Vital statistics of India. Vol. IV, Annual returns from 1871 to 1876. British Army of India, Native Army and jails of Bengal
Year: 1871
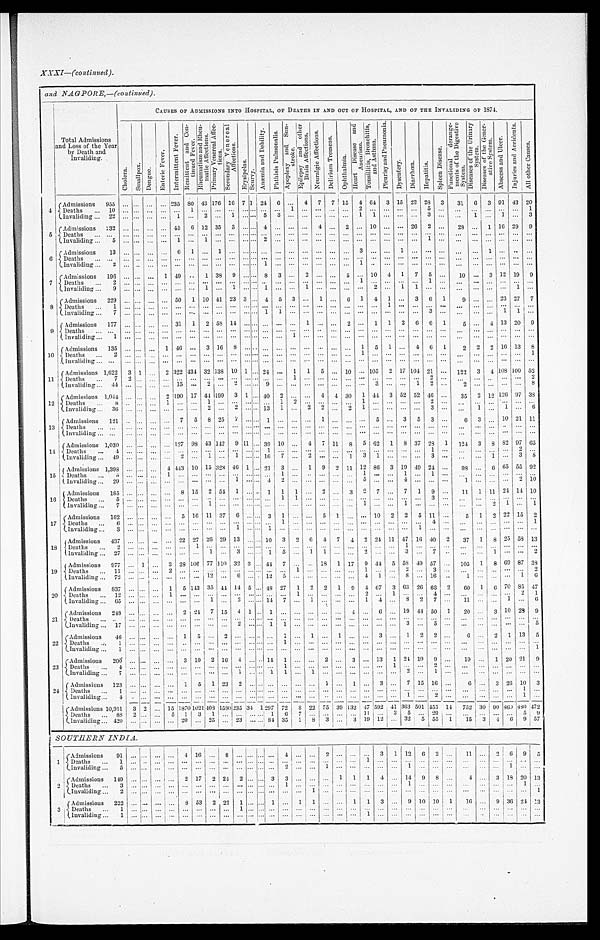
XXXI—(continued ).
and NAGPORE,—(Continued).
Total Admissions
and Loss of the Year
by Death and
Invaliding.
CAUSES OF ADMISSIONS INTO HOSPITAL, OP DEATHS IN AND OUT OF HOSPITAL, AND OF THE INVALIDING OF 1874.
C h o l e r a .
S m a l l p o x .
D e n g u e .
E n t e r i c F e v e r .
I n t e r m i t t e n t F e v e r .
R e m i t t e n t a n d C o n - t i n u e d F e v e r .
R h e u ma t i s m a n d R h e u ma t i c A f f e c t i o n s . P r i m a r y V e n e r e a l A f f e c t i o n s .
S e c o n d a r y V e n e r e a l A f f e c t i o n s .
E r y s i p e l a s .
S c u r v y .
A n æ m i a a n d D e b i l i t y .
P h t h i s i s P u l m o n a l i s .
A p o p l e x y a n d S u n - s t r o k e .
E p i l e p s y a n d o t h e r Br a i n Af f e c t i o n s .
N e u r a l g i c A f f e c t i o n s .
D e l i r i u m T r e m e n s .
O p h t h a l m i a .
H e a r t D i s e a s e a n d A n e u r i s m .
T o n s i l l i t i s , B r o n c h i t i s , a n d A s t h m a .
P l e u r i s y a n d P n e u m o n i a .
D y s e n t e r y .
D i a r r h œ a .
H e p a t i t i s .
S p l e e n D i s e a s e .
F u n c t i o n a l d e r a n g e - m e n t s o f t h e D i g e s t i v e S y s t e m .
D i s e a s e s o f t h e U r i n a r y S y s t e m .
D i s e a s e s o f t h e G e n e r - a t i v e S y s t e m .
A b s c e s s a n d U l c e r .
I n j u r i e s a n d A c c i d e n t s .
A l l o t h e r C a u s e s .
4
Admissions . . .
955
. . .
. . . . . .
. . .
2 3 5 8 0 43 176 16 7 1 24
6
. . . 4
7
7 15
4 64
3 15 23 28
3
31
6
3 91 43 20
Deaths . . .
1 0
. . .
. . . . . .
. . . . . .
1
. . .
. . .
. . .
. . . . . .
. . .
. . .
1
. . .
. . .
. . .
. . .
2
. . .
. . .
. . .
. . .
5
. . .
. . .
. . .
. . .
. . .
. . .
1
Invaliding . . .
22
. . .
. . .. . .
. . .
1
. . .
2
. . .
1
. . . . . .
5
3
. . .
. . .
. . .
. . .
. . .
1
1
. . .
. . .
. . .
3
. . .
. . .
1
. . .
. . .
. . .
3
5
Admissions . . .
232
. . .
. . .
. . .
. . . 45
6 12 35
3
. . . . . . 4
. . .
. . .
. . . 4
. . . 2
. . . 10
. . .
. . . 26
2
. . .
28
. . . 1 16 29
9
Deaths . . .
. . .
. . .
. . . . . .
. . . . . .
. . .
. . .
. . .
. . .
. . . . . .
. . .
. . .
. . .
. . . . . .
. . .
. . .
. . .
. . .
. . .
. . .
. . .
. . .
. . .
. . .
. . .
. . .
. . .
. . .
. . .
Invaliding . . .
5
. . .
. . . . . .
. . .
1
. . .
1
. . .
. . .
. . . . . .
2
. . .
. . .
. . .
. . .
. . .
. . .
. . .
. . .
. . .
. . .
. . . 1
. . .
. . .
. . .
. . .
. . .
. . .
. . .
6
Admissions . . .
1 3
. . .
. . .. . .
. . .
6
1
. . .
1
. . .
. . . . . .
. . .
. . .
. . .
. . .
. . .
. . .
. . .
3
. . .
. . .
1
. . .
. . .
. . .
. . .
. . .
1
. . . . . .
. . .
Deaths . . .
. . .
. . .
. . .. . .
. . .
. . .
. . .
. . .
. . .
. . .
. . . . . .
. . .
. . .
. . .
. . .
. . .
. . .
. . .
. . .
. . .
. . .
. . .
. . .
. . .
. . .
. . .
. . .
. . .
. . .
. . .
. . .
Invaliding . . .
2
. . .
. . .. . .
. . .
. . .
. . .
. . .
. . .
. . .
. . . . . .
1
. . .
. . .
. . .
. . .
. . .
. . .
1
. . .
. . .
. . .
. . .
. . .
. . .
. . .
. . .
. . .
. . .
. . .
. . .
7
Admissions . . .
196
. . .
. . .
. . . 1 49
. . .
1 38
9
. . . . . . 8
3
. . . 2
. . .
. . .
5
. . . 10
4
1
7
5
. . .
10
. . . 3 12 19
9
Deaths . . .
2
. . .
. . . . . .
. . .
. . .
. . .
. . .
. . .
. . .
. . . . . . . . .
. . .
. . .
. . .
. . .
. . .
. . . 1
. . .
. . .
. . .
. . .
1
. . .
. . .
. . .
. . .
. . .
. . .
. . .
invaliding . . .
9
. . .
. . .
. . .
. . .
. . .
. . .
1
. . .
1
. . . . . .
1
. . .
. . .
1
. . .
. . .
. . .
. . .
2
. . .
1
1
. . .
. . .
. . .
. . .
. . .
. . .
1
. . .
8 Admissions . . .
229
. . .
. . .
. . . . . .
50
1 10 41 23 3
. . . 4
5
3
. . .
1
. . .
6
1
4
1
. . . 3
6
1
9
. . .
. . . 23 27
7
Deaths . . .
1
. . .
. . .
. . .
. . .
. . .
. . .
. . .
. . .
. . .
. . . . . .
. . .
. . .
. . .
. . .
. . .
. . .
. . .
. . .
. . .
1
. . .
. . .
. . .
. . .
. . .
. . .
. . .
. . .
. . .
. . .
Invaliding . . .
7
. . .
. . .
. . .
. . .
. . .
. . .
. . .
. . .
. . .
. . . . . .
1
1
. . .
. . .
. . .
. . .
. . .
. . .
. . .
. . .
. . .
. . .
3
. . .
. . .
. . .
. . . 1
1
. . .
9
Admissions . . .
177
. . .
. . .
. . . . . .
31
1
2 58 14
. . . . . .
. . .
. . .
. . .
1
. . .
. . .
2
. . . 1
1
2
6
6
1
5
. . . 4 13 20
9
Deaths . . .
. . .
. . .
. . .
. . .
. . .
. . .
. . .
. . .
. . .
. . .
. . . . . .
. . .
. . .
. . .
. . .
. . .
. . .
. . .
. . .
. . .
. . .
. . .
. . .
. . .
. . .
. . .
. . .
. . .
. . .
. . .
. . .
Invaliding . . .
1
. . .
. . .
. . .
. . .
. . .
. . .
. . .
. . .
. . .
. . . . . . . . .
. . .
1
. . . . . .
. . .
. . .
. . .
. . .
. . .
. . .
. . .
. . .
. . .
. . .
. . .
. . .
. . .
. . .
. . .
10
Admissions . . .
135
. . .
. . . . . .
1 46
. . .
3 16
8
. . . . . .
. . .
. . .
. . .
. . .
. . . . . .
. . . 1
5
1 . . .
4
6
1
2
2
2 16 13
8
Deaths . . .
2
. . .
. . .. . .
. . .
. . .
. . .
. . .
. . .
. . .
. . . . . .
. . .
. . .
. . .
. . .
. . .
. . .
. . .
1
. . .
. . . . . .
. . . . . .
. . .
. . .
. . .
. . .
. . .
. . .
1
Invaliding . . .
. . .
. . .
. . .. . .
. . .
. . .
. . .
. . .
. . .
. . .
. . . . . .
. . .
. . .
. . .
. . .
. . .
. . .
. . .
. . .
. . .
. . . . . .
. . . . . .
. . .
. . .
. . .
. . .
. . .
. . .
. . .
11
Admissions . . . 1,622
3 1 . . .
2 322 434 32 138 10 1
. . . 24
. . . 1
1
5
. . . 10
. . . 105
2 17
1 0 4 21
. . .
122
3
4
1 0 8
100 52
Deaths . . .
7
2
. . . . . .
. . .
. . .
. . .
. . .
. . .
. . .
. . . . . .
. . .
. . .
1
. . .
. . .
. . .
. . .
. . .
. . .
. . . . . .
. . . 2
. . .
. . .
. . .
. . .
. . .
. . .
2
Invaliding . . .
4 4
. . .
. . .. . .
. . .
1 5
. . .
2
. . .
2
. . . . . .
9
. . .
. . .
. . .
. . .
. . .
. . .
. . .
3
. . . . . .
1 2
. . .
2
. . .
. . .
. . .
. . .
8
1 2
Admissions . . . 1,044
. . .
. . . . . .
2 190 17 44 199
3 1
. . . 40
2
. . .
. . . 4
4 30
1 44
3 52 52 46
. . .
35
2 12 126 97 38
Deaths . . .
8
. . .
. . .. . .
1
. . .
. . .
1
. . .
. . .
. . . . . .
. . .
1
2
. . .
. . .
. . .
. . .
1
. . .
. . . . . .
. . . 2
. . .
. . .
. . .
. . .
. . .
. . .
. . .
Invaliding . . . 36
. . .
. . . . . .
. . . . . .
. . .
. . .
2
. . . 2
. . . . . . 13
1
. . .
2
2
. . . 2
1
. . .
. . . . . .
. . .
3
. . .
. . .
1
. . .
1
. . .
6
13
Admissions . . .
121
. . .
. . . . . .
. . . 7
5
8 25
7
. . . . . . 1
. . .
. . .
. . . 1
. . .
. . .
. . . 5
. . .
3
5
3
. . .
6
3
. . . 10 21 11
Deaths
. . .
. . .
. . .
. . .. . .
. . .
. . .
. . .
. . .
. . .
. . .
. . . . . .. . .
. . .
. . .
. . .
. . .
. . .
. . .
. . . . . .
. . . . . .
. . . . . .
. . .
. . .
. . .
. . .
. . .
. . .
. . .
Invaliding . . .
. . .
. . .
. . .. . .
. . .
. . .
. . .
. . .
. . .
. . .
. . . . . .. . .
. . .
. . .
. . .
. . .
. . .
. . .
. . .
. . .
. . . . . .
. . .. . .
. . .
. . .
. . .
. . .
. . .
. . .
. . .
1 4
Admissions . . . 1,030
. . .
. . . . . .
. . . 127
9 8 43 142
9 11
. . . 39 10
. . . 4
7 11
8
5 62
1
8 37 28
1
124
3
8 82 97 65
Deaths . . .
4
. . .
. . .. . .
. . .
. . .
. . .
. . .
. . .
. . .
. . . . . .1
. . .
. . .
. . .
. . .
. . .
. . .
. . .
. . .
. . . . . .
. . . 1
. . .
. . .
. . .
. . .
. . .
2
. . .
Invaliding . . . 49
. . .
. . . . . .
. . . 2
. . .
1
. . .
1
. . . . . . 16
7
. . . 2
. . .
. . .
1
3
1
. . . . . .
. . .
3
. . .
. . .
. . .
1
. . . 3
8
15
Admissions . . . 1,398
. . .
. . . . . .
4 443 10 15 323
4 6 1
. . . 21
3
. . . 1
9
2 11 12 86
3 19 49 24
. . .
9 8
. . . 6 65 55
9 2
Death . . .
5
. . .
. . .. . .
1
. . .
. . .
. . .
. . .
. . .
. . . . . .. . .
1
. . .
. . . . . .
. . .
. . .
1
. . .
. . . 1
. . . 1
. . .
. . .
. . .
. . .
. . .
. . .
. . .
Invaliding . . .
29
. . .
. . . . . .
. . .
. . .
. . .
. . .
. . . 1
. . . . . . 4
2
. . .
. . . . . .
. . .
. . .
5
. . .
. . . 4
. . . . . .
. . .
1
. . .
. . .
. . . 2 10
1 6
Admissions . . .
185
. . . . . .
. . .
. . . 8 15
2 54
1
. . . . . . 1
1
1
. . . 2
. . . 3
2
7
. . .
7
1
9
. . .
11
1 11 24 14 10
Deaths . . .
5
. . . . . .
. . .
. . .
. . .
. . .
. . .
. . .
. . .
. . . . . .. . .
1
1
. . .
. . .
. . .
. . .
. . .
. . .
. . . . . .
. . . 3
. . .
. . .
. . .
. . .
. . .
. . .
. . .
Invaliding . . .
7
. . . . . .
. . .
. . .
. . .
. . .
1
. . .
. . .
. . . . . .. . .
. . .
. . .
. . .
. . .
. . .
. . .
1
. . .
. . . 1
. . . . . .
. . .
. . .
. . .
2
1
. . .
1
17
Admissions . . .
162
. . . . . .
. . .
. . . 5 16 11 37
6
. . . . . . 3
1
. . .
. . . 5
1
. . .
. . . 10
2
2
5 11
. . .
5
1
2 22 15
2
Deaths . . .
6
. . . . . .
. . .
. . .
. . .
. . .
. . .
. . .
. . .
. . . . . .. . .
1
. . .
. . .
. . .
. . .
. . .
. . .
. . .
. . .
. . .
. . .4
. . .
. . .
. . .
. . .
. . . . . .
1
Invaliding . . .
3
. . .. . .
. . .
. . .
. . .
. . .
. . .
. . .
1
. . . . . .1
. . .
. . .
. . .
. . .
. . .
. . .
. . .
. . .
. . .
. . . 1 . . .
. . .
. . .
. . .
. . .
. . .
. . .
. . .
18
Admissions . . .
437
. . . . . .
. . .
. . . 22 27 26 29 13
. . . . . . 10
3
2
6
4
7
4
2 24 11 47 16 40
2
37
1
8 25 58 13
Deaths . . .
2
. . . . . .
. . .
. . .
. . .
1
. . .
. . .
. . .
. . . . . .. . .
. . .
. . .
. . .
. . .
. . .
. . .
. . .
. . .
. . . 1
. . .. . .
. . .
. . .
. . . . . .
. . .
. . .
. . .
Invaliding . . .
27
. . . . . .
. . .
. . .
. . .
. . . 1
. . . 3
. . . . . . 1
5
. . .
1
1
. . .
. . . 2
. . .
. . .
3
. . . 7
. . .
. . .
. . . 1
. . .
. . .
2
1 9
Admissions . . .
977
. . . 1
. . .
3 28 106 77
1 1 0 32 3
. . . 44 7
. . .
. . .
1 8 1 17
9 44
5 58 49 57
. . .
105
1
8 69 87 38
Deaths . . .
1 1
. . .. . .
. . .
2
. . .
. . .
. . .
. . .
. . .
. . . . . .
. . .
. . .
1
. . .
. . .
. . .
. . . 1
. . .
. . .2
. . .3
. . .
. . .
. . .
. . .
. . .
. . .
2
Invaliding . . .
72
. . . . . .
. . .
. . .
. . .
. . . 12
. . .
6
. . . . . . 12
5
. . .
. . .
. . .
. . .
. . . 4
1
. . . 8
. . . 16
. . .
1
. . .
. . .
. . . 1
6
2 0
Admissions . . .
837
. . .
. . .
. . .
1
5 143 35 44 14 5
. . . 48 27
1
2
2
1
9
4 67
3 63 26 66
2
60
1
6 70 85 47
Deaths . . .
1 2
. . .. . .
. . .
1
. . .
. . .
. . .
. . .
. . .
. . . . . .
. . .
. . .
1
. . .
. . .
. . .
. . .
2
. . .
1 . . .
. . .4
. . .
. . .
. . .
. . .
. . . 2
1
Invaliding . . .
65
. . . . . .
. . .
. . .
. . .
. . .
1
. . .
2
. . . . . . 14
7
. . .
1
. . .
. . .
. . . 1
4
. . . 8
2
7
. . .
11
. . .
. . . 1
. . . 6
21
Admissions . . .
248
. . . . . .
. . .
. . .
2 24
7 15
4 1
. . . 1
. . .
. . .
. . .
. . .
. . . 4
. . . 6
. . . 19 44 50
1
20
. . .
3 10
2 8
9
Deaths
. . .
. . .
. . . . . .
. . .
. . .
. . .
. . .
. . .
. . .
. . .
. . . . . .
. . .
. . .
. . .
. . .
. . .
. . .
. . .
. . .
. . .
. . . . . .
. . . . . .
. . .
. . .
. . .
. . .
. . .
. . .
. . .
Invaliding . . .
1 7
. . .. . .
. . .
. . .
. . .
. . .
. . .
. . .
2
. . . . . .
1
1
. . .
. . .
. . .
. . .
. . .
. . .
. . .
. . .3
. . .5
. . .
. . .
. . .
. . .
. . .
. . .
5
2 2
Admissions . . .
46
. . .
. . .
. . .
. . . 1
5
. . . 2
. . .
. . . . . . . . .
1
. . . 1
. . . 1
. . .
. . . 3
. . . 1
2
2
. . .
6
. . . 2
1 13
5
Deaths . . .
1
. . .. . .
. . .
. . .
. . .
. . .
. . .
. . .
. . .
. . . . . .
. . . 1
. . .
. . .
. . .
. . .
. . .
. . .
. . .
. . .
. . .
. . .
. . .
. . .
. . .
. . .
. . .
. . .
. . .
. . .
Invaliding . . .
1
. . .. . .
. . .
. . .
. . .
. . .
. . .
. . .
. . .
. . . . . .
. . . . . .
. . .
. . .
. . .
. . .
. . . . . . . . .
. . .
. . . . . .
. . . . . .
. . .
. . .
. . .
. . .
. . .
. . .
1
2 3
Admissions . . .
200
. . . . . .
. . .
. . . 3 19
2 16
4
. . . . . . 14
1
. . .
. . .
2
. . .
3
. . . 13
1 24 19
9
. . .
19
. . . 1 20 21
9
Deaths . . .
4
. . .. . .
. . .
. . . .. . ...
. . .
. . .
. . .
. . .
. . . . . .
. . . 1
. . .
. . .
. . .
. . .
. . .
. . .
. . .
1 . . .
. . .
2
. . .
. . .
. . .
. . .
. . .
. . .
. . .
Invaliding . . .
7
. . . . . .
. . .
. . .
. . .
. . .
. . .
. . .
1
. . . . . .
1 1
. . .
1
. . .
. . .
. . .
. . .
. . .
. . . 2
. . . 1
. . .
. . .
. . .
. . .
. . .
. . .
. . .
2 4
Admissions . . .
1 2 3
. . . . . .
. . .
. . . 1
5
1 23
2
. . . . . . . . . . . .
. . .
. . . 1
. . .
1
. . . 3
. . . 7 15 16
. . .
6
. . . 3 26 10
3
Deaths . . .
1
. . .. . .
. . .
. . .
. . .
. . .
. . .
. . .
. . .
. . . . . . . . . . . .
. . .
. . .
. . .
. . .
. . .
. . .
. . .
. . .
. . .
. . .. . .
. . .
. . .
. . .
. . .
. . .
1
. . .
Invaliding . . .
4
. . .. . .
. . .
. . .
. . .
. . .
. . .
. . .
. . .
. . . . . . . . . . . .
. . .
. . .
. . .
. . .
. . .
. . .
. . .
. . .
1
. . .
2
. . .
. . .
. . .
. . .
. . .
1
. . .
Admissions . . . 10.911
3 2
. . . 15 1870 1021
4 0 8 1580 235 34 1 297 72
8 22
7 5 39 132 47 592 41 363 501 455 14
752 30 90
8 6 0
8 8 0
4 7 2
Deaths . . .
88
2 . . .
. . .
5
1
3
1
. . .
. . .
. . . . . . 1
6
7
. . .
. . .
. . .
. . . 11
. . . 3
5
. . .
2 9
. . .
. . .
. . .
. . .
. . .
5
9
Invaliding . . .
420
. . . . . .
. . .
. . . 20
. . .
2 5
. . . 23
. . .
. . . 84 35
1
8
3
. . .
3 19
1 2
. . .
32
5
5 5
1
15
3
4
6
9
5 7
SOUTHERN INDIA .
1
Admissions . . .
91
. . .
. . .
. . .
. . .
4 16
. . . 8
. . . . . .
. . . . . .
4
. . .
. . .
2
. . .
. . .
. . . 3
1 12
6
2
. . .
11
. . . 2
6
9
5
Deaths . . .
1
. . .. . .
. . .
. . .
. . .
. . .
. . .
. . .
. . . . . .
. . .
. . .
. . .
. . .
. . .
. . .
. . .
. . .
1
. . .
. . .
. . . . . . . . .
. . .
. . .
. . .
. . .
. . .
. . .
. . .
Invaliding . . .
5
. . .. . .
. . .
. . .
. . .
. . .
. . .
. . .
. . . . . .
. . .
. . .
2
. . .
. . .
1
. . .
. . .
. . .
. . .
. . .
1 . . . . . .
. . .
. . .
. . .
. . .
1
. . .
. . .
2
Admissions . . .
149
. . . . . .
. . .
. . . 2 17
2 24
2
. . .
. . . 3
3
. . .
. . .
. . .
1
1
1
4
. . .
1 4 9
8
. . .
4
. . .
3 18 20 13
Deat hs . . .
3
. . .. . .
. . .
. . .
. . .
. . .
. . .
. . .
. . . . . .
. . .
. . .
1
. . .
. . .
. . .
. . . .
. . .
.
. . .
. . .
1
. . .
. . .
. . .
. . .
. . .
. . .
. . .
1
. . .
Invaliding . . .
2
. . .. . .
. . .
. . .
. . .
. . .
. . .
. . .
. . . . . .
. . .
. . .
. . .
. . .
1
. . .
. . .
. . .
. . .
. . .
. . .
. . . . . .
. . .
. . .
. . .
. . .
. . .
. . .
. . .
1
3
Admissions . . .
222
. . . . . .
. . .
. . . 8 53
2 22
1
. . .
. . . 1
. . . 1
1
. . .
. . .
1
1
3
. . .
9
10 10
1
16
. . .
9 36 24 13
Deaths . . .
1
. . .. . .
. . .
. . .
. . .
. . .
. . .
. . .
1
. . . . . .
. . .
. . .
. . .
. . .
. . .
. . .
. . .
. . .
. . .
. . .
. . .. . . . . .
. . .
. . .
. . .
. . .
. . .
. . .
. . .
Invaliding . . .
1
. . . . . .
. . .
. . .
. . .
. . .
. . .
. . .
. . .
. . . . . .
. . .
. . .
. . .
. . .
. . .
. . .
. . .
1
. . .
. . .
. . .. . . . . .
. . .
. . .
. . .
. . .
. . .
. . .
. . .